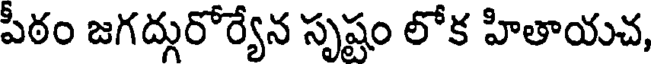
పీఠం జగద్గురోర్యేన సృష్టం లోక హితాయచ,